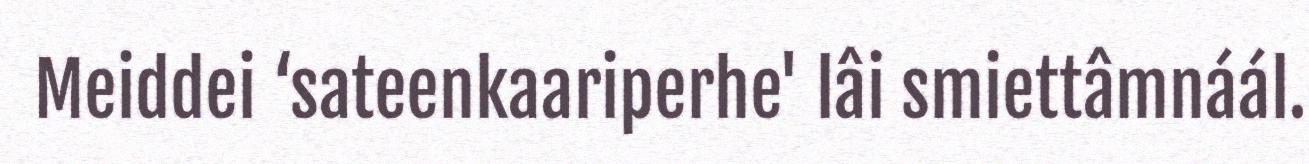
Meiddei ‘sateenkaariperhe' lâi smiettâmnáál.